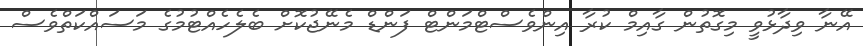
އޭނާ ވިދާޅުވީ މިގޮތުން ގާއިމް ކުރާ އިންވެސްޓްމަންޓް ފަންޑް މެނޭޖުކޮށް ބެލެހެއްޓުމުގެ މަސައްކަތްވެސް